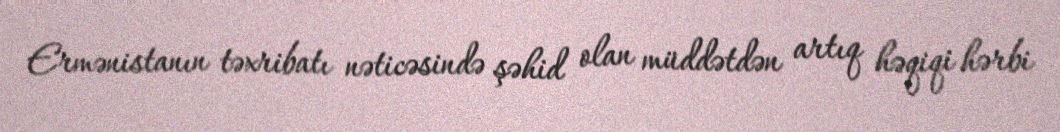
Ermənistanın təxribatı nəticəsində şəhid olan müddətdən artıq həqiqi hərbi